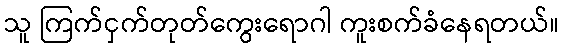
သူ ကြက်ငှက်တုတ်ကွေးရောဂါ ကူးစက်ခံနေရတယ်။